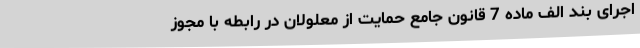
اجرای بند الف ماده 7 قانون جامع حمایت از معلولان در رابطه با مجوز